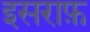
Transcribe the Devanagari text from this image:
इसराफ़